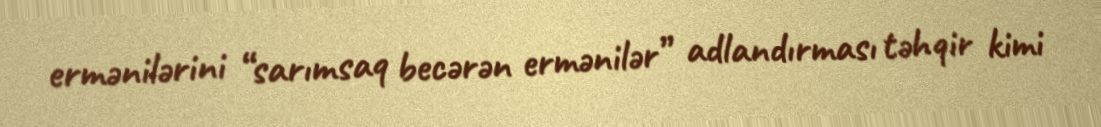
ermənilərini “sarımsaq becərən ermənilər” adlandırması təhqir kimi